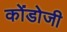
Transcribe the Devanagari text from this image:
कोंडोजी